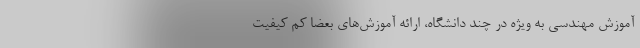
آموزش مهندسی به ویژه در چند دانشگاه، ارائه آموزش‌های بعضا کم کیفیت